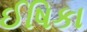
ઈષિકા